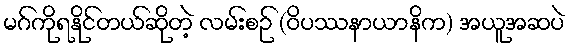
မဂ်ကိုရနိုင်တယ်ဆိုတဲ့ လမ်းစဉ် (ဝိပဿနာယာနိက) အယူအဆပဲ